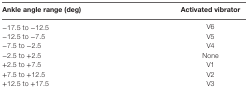
| Ankle angle range (deg) | Activated vibrator |
 | --- | --- |
 | −17.5 to −12.5 | V6 |
 | −12.5 to −7.5 | V5 |
 | −7.5 to −2.5 | V4 |
 | −2.5 to +2.5 | None |
 | +2.5 to +7.5 | V1 |
 | +7.5 to +12.5 | V2 |
 | +12.5 to +17.5 | V3 |